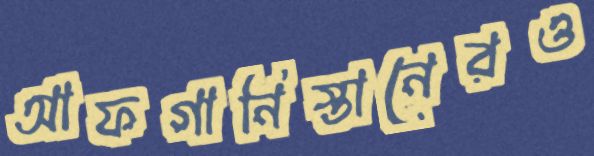
আফগানিস্তানেরও